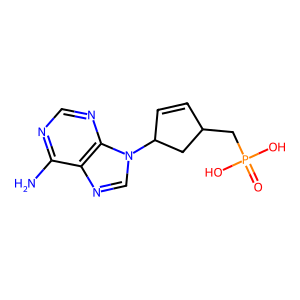
SMILES: Nc1ncnc2c1ncn2C1C=CC(CP(=O)(O)O)C1
Inhibits HIV replication: No